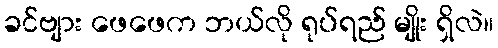
ခင်ဗျား ဖေဖေက ဘယ်လို ရုပ်ရည် မျိုး ရှိလဲ။